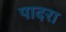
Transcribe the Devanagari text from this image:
पादरा